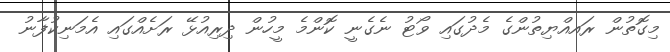
މިގޮތުން ރައއްޔިތުންގެ މެދުގައި ވޯޓު ނެގެނީ ކޮންމެ މީހުން ދިރިއުޅޭ ރަށެއްގައި އެމަނިކުފާނު